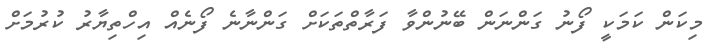
މިކަން ކަމަކީ ފޯނު ގަންނަން ބޭނުންވާ ފަރާތްތަކަށް ގަންނާނެ ފޯނެއް އިހްތިޔާރު ކުރުމަށް